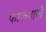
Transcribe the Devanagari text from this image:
फालवाले